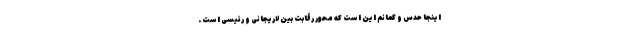
اینجا حدس و گمانم این است که محور رقابت بین لاریجانی و رئیسی است .